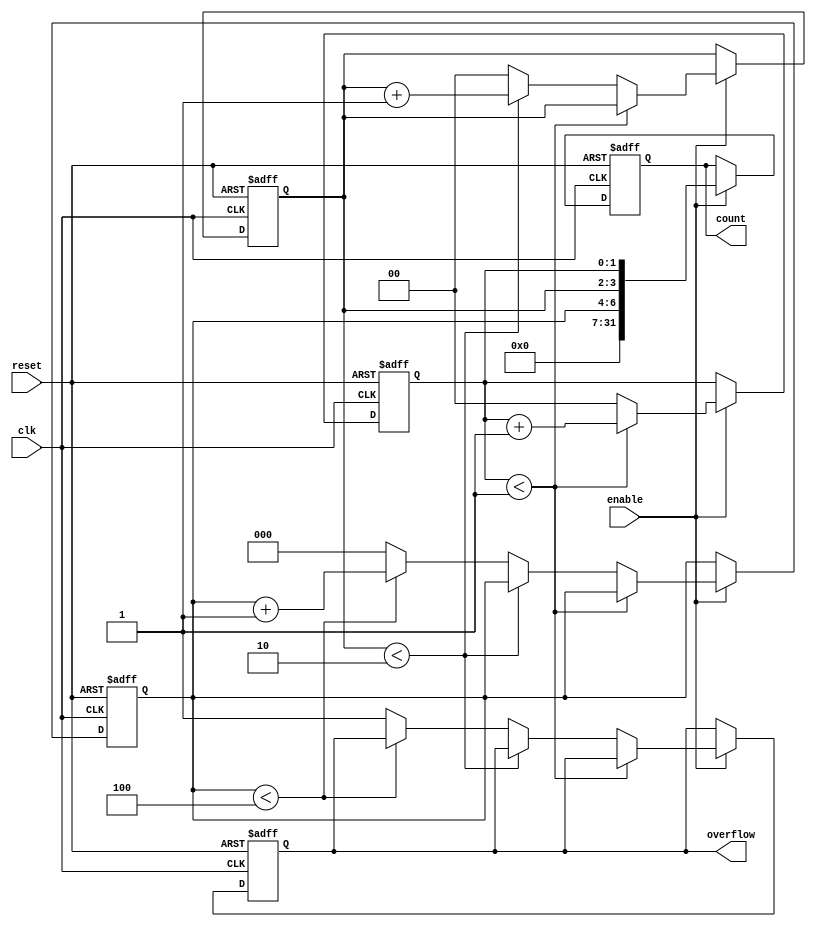
module mixed_radix_counter (
    input wire clk,                // Clock input
    input wire reset,              // Asynchronous reset
    input wire enable,             // Enable signal
    output reg [31:0] count,       // Current count value (sufficient width)
    output reg overflow            // Overflow indicator
);

    // Radix configuration
    localparam RADIX_0 = 2;  // Radix for the least significant digit
    localparam RADIX_1 = 3;  // Radix for the second digit
    localparam RADIX_2 = 5;  // Radix for the most significant digit

    // Maximum count value
    localparam MAX_COUNT = RADIX_0 * RADIX_1 * RADIX_2;

    // Internal counter representation
    reg [1:0] count_digit_0; // Counter for digit 0 (base 2)
    reg [1:0] count_digit_1; // Counter for digit 1 (base 3)
    reg [2:0] count_digit_2; // Counter for digit 2 (base 5)

    // Overflow logic
    always @(posedge clk or posedge reset) begin
        if (reset) begin
            count_digit_0 <= 0;
            count_digit_1 <= 0;
            count_digit_2 <= 0;
            count <= 0;
            overflow <= 0;
        end
        else if (enable) begin
            // Counting logic
            if (count_digit_0 < RADIX_0 - 1) begin
                count_digit_0 <= count_digit_0 + 1;
            end else begin
                count_digit_0 <= 0;
                if (count_digit_1 < RADIX_1 - 1) begin
                    count_digit_1 <= count_digit_1 + 1;
                end else begin
                    count_digit_1 <= 0;
                    if (count_digit_2 < RADIX_2 - 1) begin
                        count_digit_2 <= count_digit_2 + 1;
                    end else begin
                        count_digit_2 <= 0;
                        overflow <= 1; // Set overflow when max count is reached
                    end
                end
            end

            // Update the current count value
            count <= {count_digit_2, count_digit_1, count_digit_0};
        end
    end

endmodule